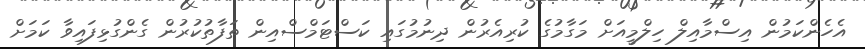
އެހެންކަމުން އިސްމާއިލް ހިލްމީއަށް މަގާމުގެ ކުރިއެރުން ދިނުމުގައި ކަސްޓަމްސްއިން ތަފާތުކުރުން ގެންގުޅިފައިވާ ކަމަށް